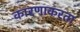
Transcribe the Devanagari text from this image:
कारणाकरता